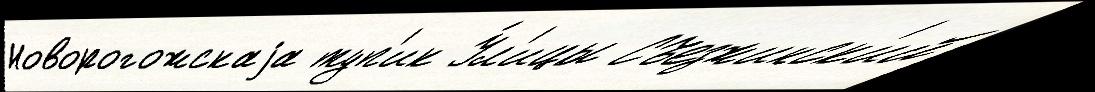
Новорогожскаjа туп'ик У́л'ицы Съезжинск'ий